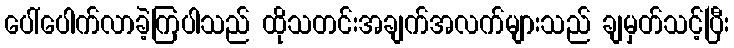
ပေါ်ပေါက်လာခဲ့ကြပါသည် ထိုသတင်းအချက်အလက်များသည် ချမှတ်သင့်ပြီး